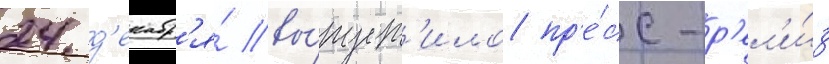
24 д'екабр'я́ вы́пуст'ило пр'е́сс-р'ел'и́з